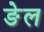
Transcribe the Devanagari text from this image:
ङेल